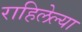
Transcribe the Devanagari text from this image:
राहिलेल्‍या